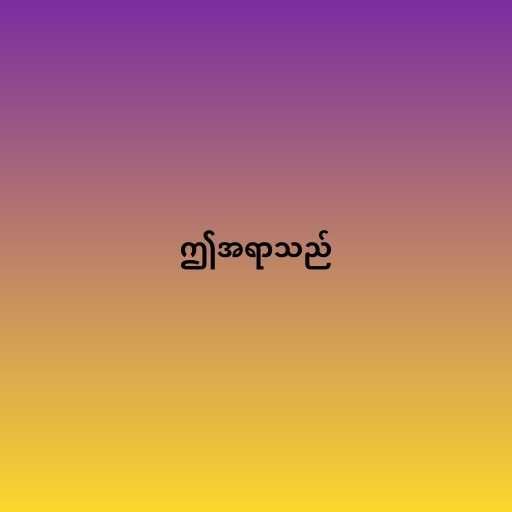
ဤအရာသည်